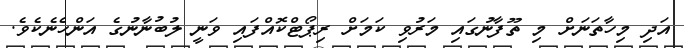
އަދި މިހާތަނަށް މި ތޫފާނުގައި މަރުވި ކަމަށް ރިޕޯޓްކޮއްފައި ވަނީ ލުބުނާނުގެ އަންހެނެކެވެ.